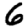
Digit: 6